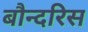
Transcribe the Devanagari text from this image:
बौन्दरिस